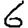
Digit: 6